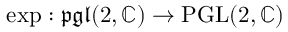
\exp : { \mathfrak { p g l } } ( 2 , \mathbb { C } ) \to { \mathrm { P G L } } ( 2 , \mathbb { C } )